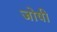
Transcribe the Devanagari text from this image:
जोषी